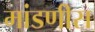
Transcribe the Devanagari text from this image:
मांडणीस